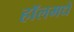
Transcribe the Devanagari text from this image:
हॉलमधे